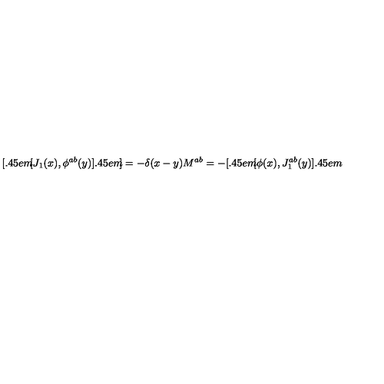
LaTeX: { } [ \kern - 0 . 4 5 e m \llap [ J _ { 1 } ( x ) , \phi ^ { a b } ( y ) ] \kern - 0 . 4 5 e m \llap ] = - \delta ( x - y ) M ^ { a b } = - [ \kern - 0 . 4 5 e m \llap [ \phi ( x ) , J _ { 1 } ^ { a b } ( y ) ] \kern - 0 . 4 5 e m \llap ~